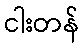
ငါးတန်